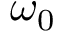
\omega _ { 0 }